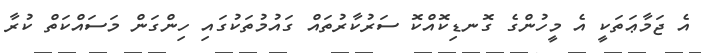
އެ ޖަމާޢަތަކީ އެ މީހުންގެ ގޮނޑިކޮއްކޮ ސަރުކާރުތައް ގައުމުތަކުގައި ހިންގަން މަސައްކަތް ކުރާ